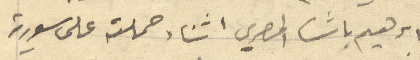
ابراهيم باشا المصري اثناء حملته على سورية